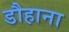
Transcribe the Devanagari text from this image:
डौहाना